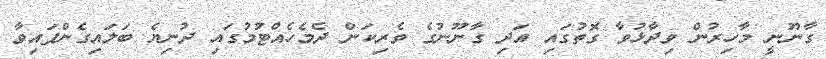
ގާނޫނީ މާހިރުން ވިދާޅުވާ ގޮތުގައި އަދި ގާނޫނުގެ ވެރިކަން ދެމެހެއްޓުމުގައި ދުނިޔެ ބަލައިގެންފައިވާ